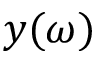
y ( \omega )